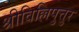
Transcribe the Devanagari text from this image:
श्रीविल्लिपुत्तुर